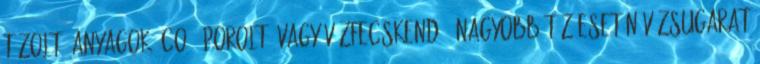
tűzoltó-anyagok: CO2, poroltó vagy vízfecskendő. Nagyobb tűz esetén vízsugarat